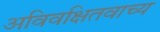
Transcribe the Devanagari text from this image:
अविवक्षितवाच्य